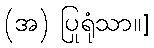
(အ) ပြုရုံသာ။]